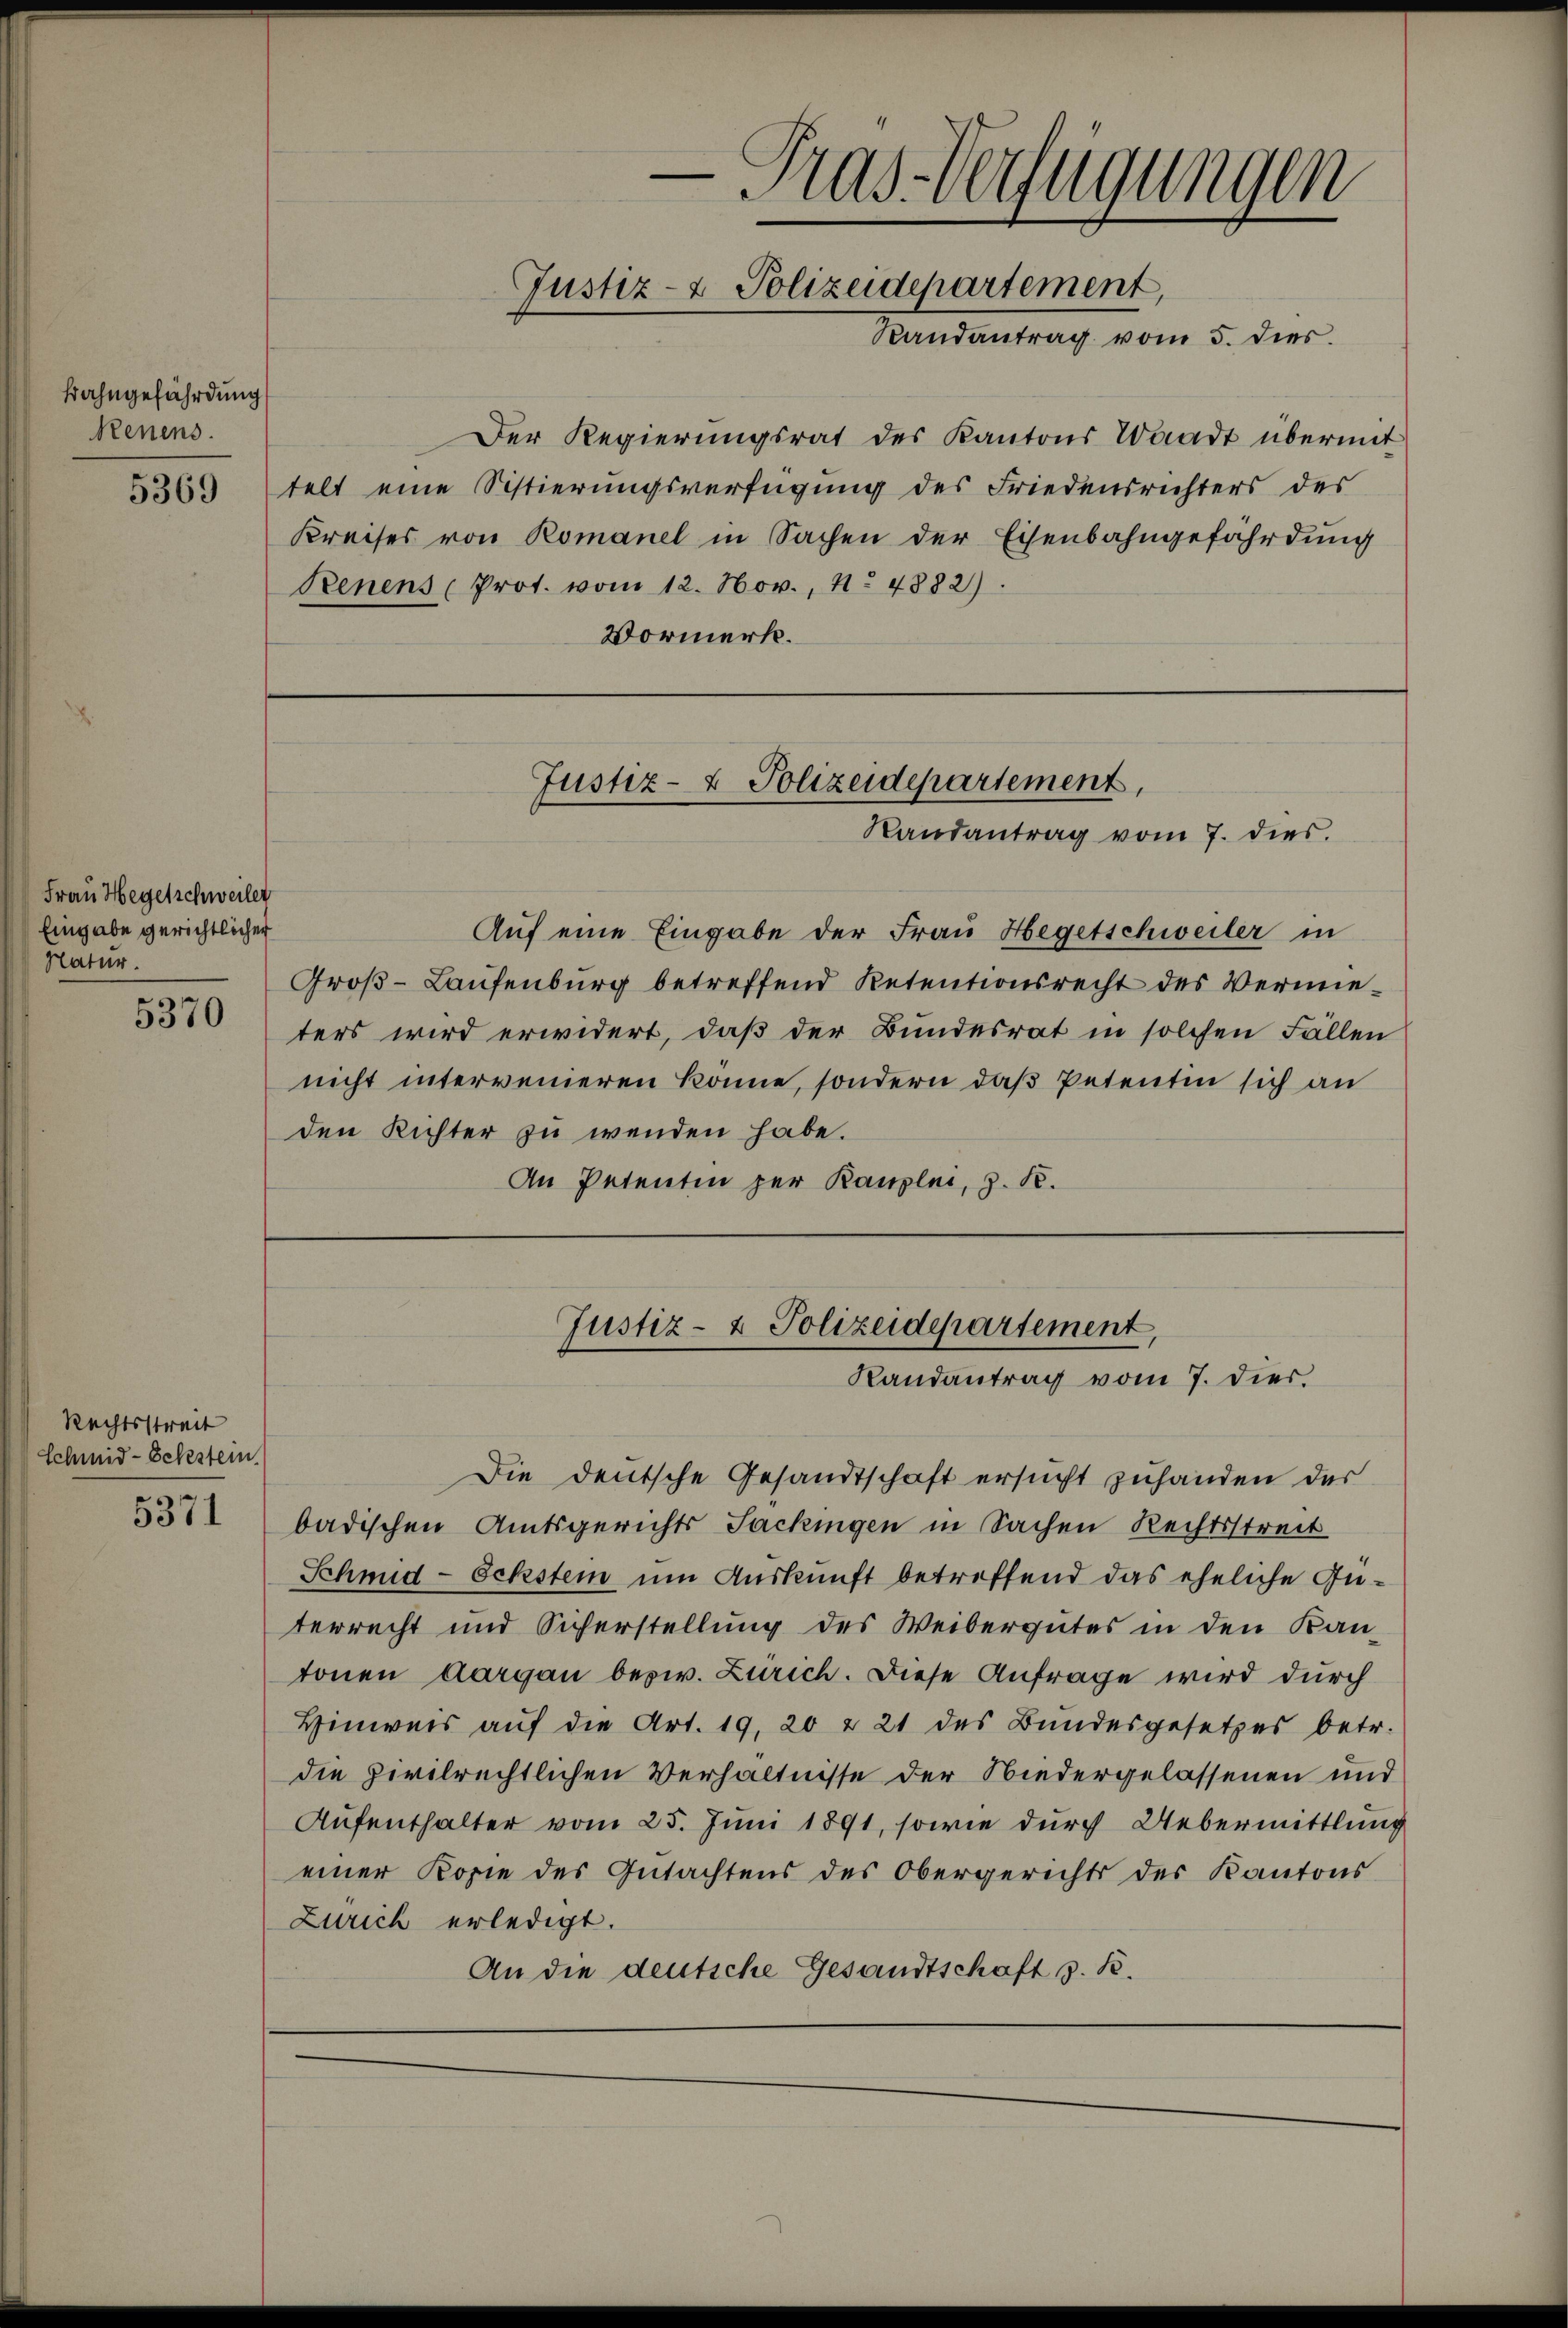
Frahngefährdung
Renens.

Frau Hegelschweiler
Eingabe gerichtlicher
Natur.
5370

Rechtsstreit
Schmid-Schstein

5371

— Pras-Verfügungen
Justiz- & Polizeidepartement,
Randantrag vom 5. dies

Der Regierŭngsrat des Kantons Waadt übermit
5363 telt eine Sistierungsverfügung des Friedensrichters des
Kreises von Romanel in Sachen der Eisenbahngefährdung
Szenens (Prot. vom 12. Nov. 1. 4882).
Vormerk.

Auf eine Eingabe der Frau Hegetschweiler in
Groß-Laufenburg betreffend Retentionsrecht des Vermieters wird erwidert, daß der Bundesrat in solchen Fällen
nicht intervenieren könne, sondern daß Petentin sich an
den Richter zu wenden habe.
An Petenten zur Kanzlei, z. K.

Justiz- & Polizeidepartement,
Randantrag vom 7. dies

Justiz- & Polizeidepartement,
Randantrag vom 7. dies.

Die deutsche Gesandtschaft ersucht zuhanden das
badischen Amtsgerichts Sackingen in Sachen Rechtsstreit
Schmid-Schstein um Auskunft betreffend das eheliche Güterrecht und Sicherstellung des Weibergutes in den Kan-
tonen Aargau bezw. Zürich. Diese Anfrage wird durch
Hinweis aŭf die Art. 19, 20 & 21 des Bundesgesetzes betr.
die Civilrechtlichen Verhältnisse der Niedergelassenen und
Aufenthalter vom 25. Juni 1891, sowie durch Uebermittlung
einer Kopie des Gutachtens des Obergerichts des Kantons
Zürich erledigt.
An die deutsche Gesandtschaft z. B.